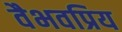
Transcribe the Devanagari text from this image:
वैभवप्रिय